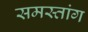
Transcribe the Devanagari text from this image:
समस्तांग